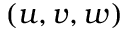
( u , v , w )